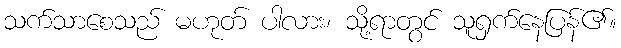
သက်သာစေသည် မဟုတ် ပါလား၊ သို့ရာတွင် သူရှက်နေပြန်၏။